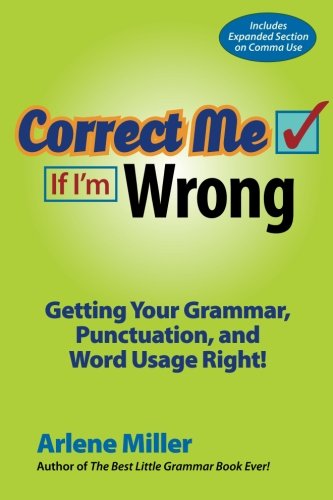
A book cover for Correct Me If I'm Wrong: Getting Your Grammar, Punctuation, and Word Usage Right!; Arlene Miller; Business & Money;